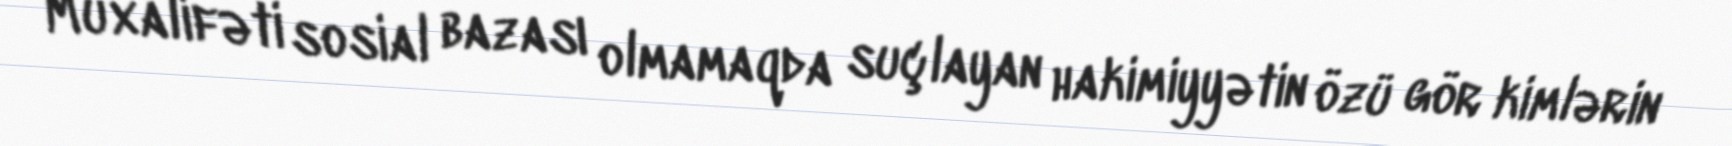
Müxalifəti sosial bazası olmamaqda suçlayan hakimiyyətin özü gör kimlərin